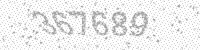
Solution: 367689